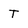
Character: t